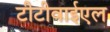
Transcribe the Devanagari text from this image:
टीटीवाईएल